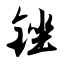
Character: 锉